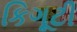
કિગૂટી